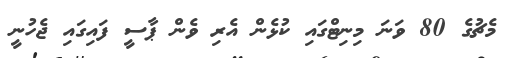
މެޗުގެ 80 ވަނަ މިނިޓްގައި ކުޅެން އެރި ވެން ޕާސީ ފައިގައި ޖެހުނީ